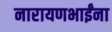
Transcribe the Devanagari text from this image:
नारायणभाईंना